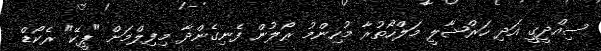
ސިއްދީގީ އަދި ހަރްޝާލީ މަލްހޯތުރާ މުހިންމު ރޯލުން ފެނިގެންދާ މިފިލްމަށް "ޕީކޭ" ރެކޯޑް